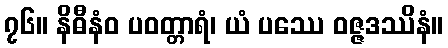
၇၆။ နိဓီနံဝ ပဝတ္တာရံ၊ ယံ ပဿေ ဝဇ္ဇဒဿိနံ။